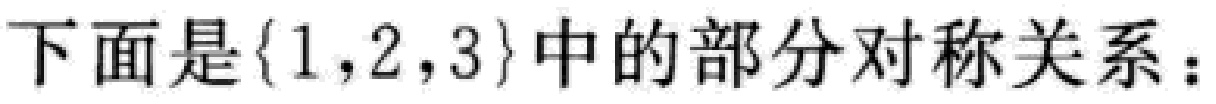
下面是\(\{1,2,3\}\)中的部分对称关系：